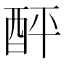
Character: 𨠟